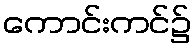
ကောင်းကင်၌